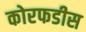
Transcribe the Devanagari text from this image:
कोरफडीस